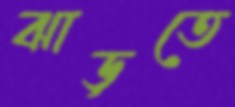
ঝাড়তে